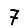
Digit: 7